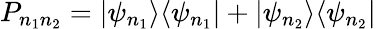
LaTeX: P_{n_{1}n_{2}}=|\psi_{n_{1}}\rangle\langle\psi_{n_{1}}|+|\psi_{n_{2}}\rangle\langle\psi_{n_{2}}|